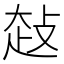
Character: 𰋤